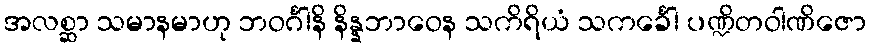
အလစ္ဆာ သမာနမာဟု ဘဝင်္ဂါနိ နိန္နဘာဝေန သကိရိယံ သကင်္ခေါ ပဏ္ဍိတဝါဏိဇော